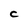
Character: C